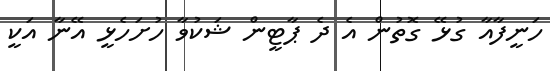
ހަނީފާއާ ގުޅޭ ގޮތުން އެ ދެ ޕާޓީން ޝަކުވާ ހުށަހެޅީ އޭނާ އަކީ